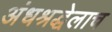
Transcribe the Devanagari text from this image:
अंधश्रद्धेलाच